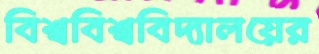
বিশ্ববিশ্ববিদ্যালয়ের